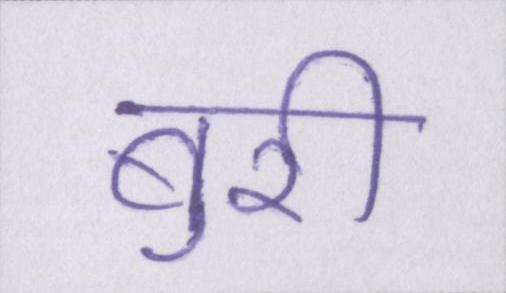
बुरी